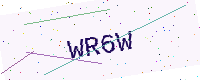
Text: WR6W